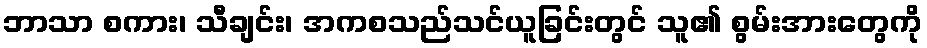
ဘာသာ စကား၊ သီချင်း၊ အကစသည်သင်ယူခြင်းတွင် သူ၏ စွမ်းအားတွေကို